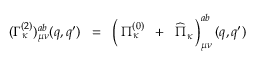
( \Gamma _ { \kappa } ^ { ( 2 ) } ) _ { \mu \nu } ^ { a b } ( q , q ^ { \prime } ) \; \; = \; \; \left( \frac { } { } \Pi _ { \kappa } ^ { ( 0 ) } \; \; + \; \; \widehat { \Pi } _ { \kappa } \, \right) _ { \mu \nu } ^ { a b } ( q , q ^ { \prime } )